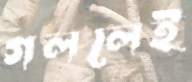
গললেই